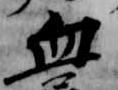
血